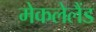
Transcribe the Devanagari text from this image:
मेकलेलैंड